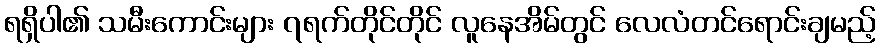
ရရှိပါ၏ သမီးကောင်းများ ၇ရက်တိုင်တိုင် လူနေအိမ်တွင် လေလံတင်ရောင်းချမည့်